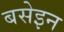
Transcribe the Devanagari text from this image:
बसेइन